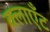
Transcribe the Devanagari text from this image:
क्लाएँट